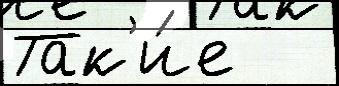
Так'и́е